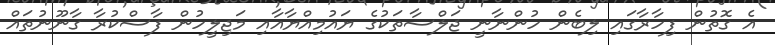
އެ ގޮތުން ފިހާރާގައި ލިބެން ހުުންނާނީ ޖަލްސާތަކުގެ ޔައުމިއްޔާއާއި މަޖިލީހުން ފާސްކުރާ ގާނޫނުތައް